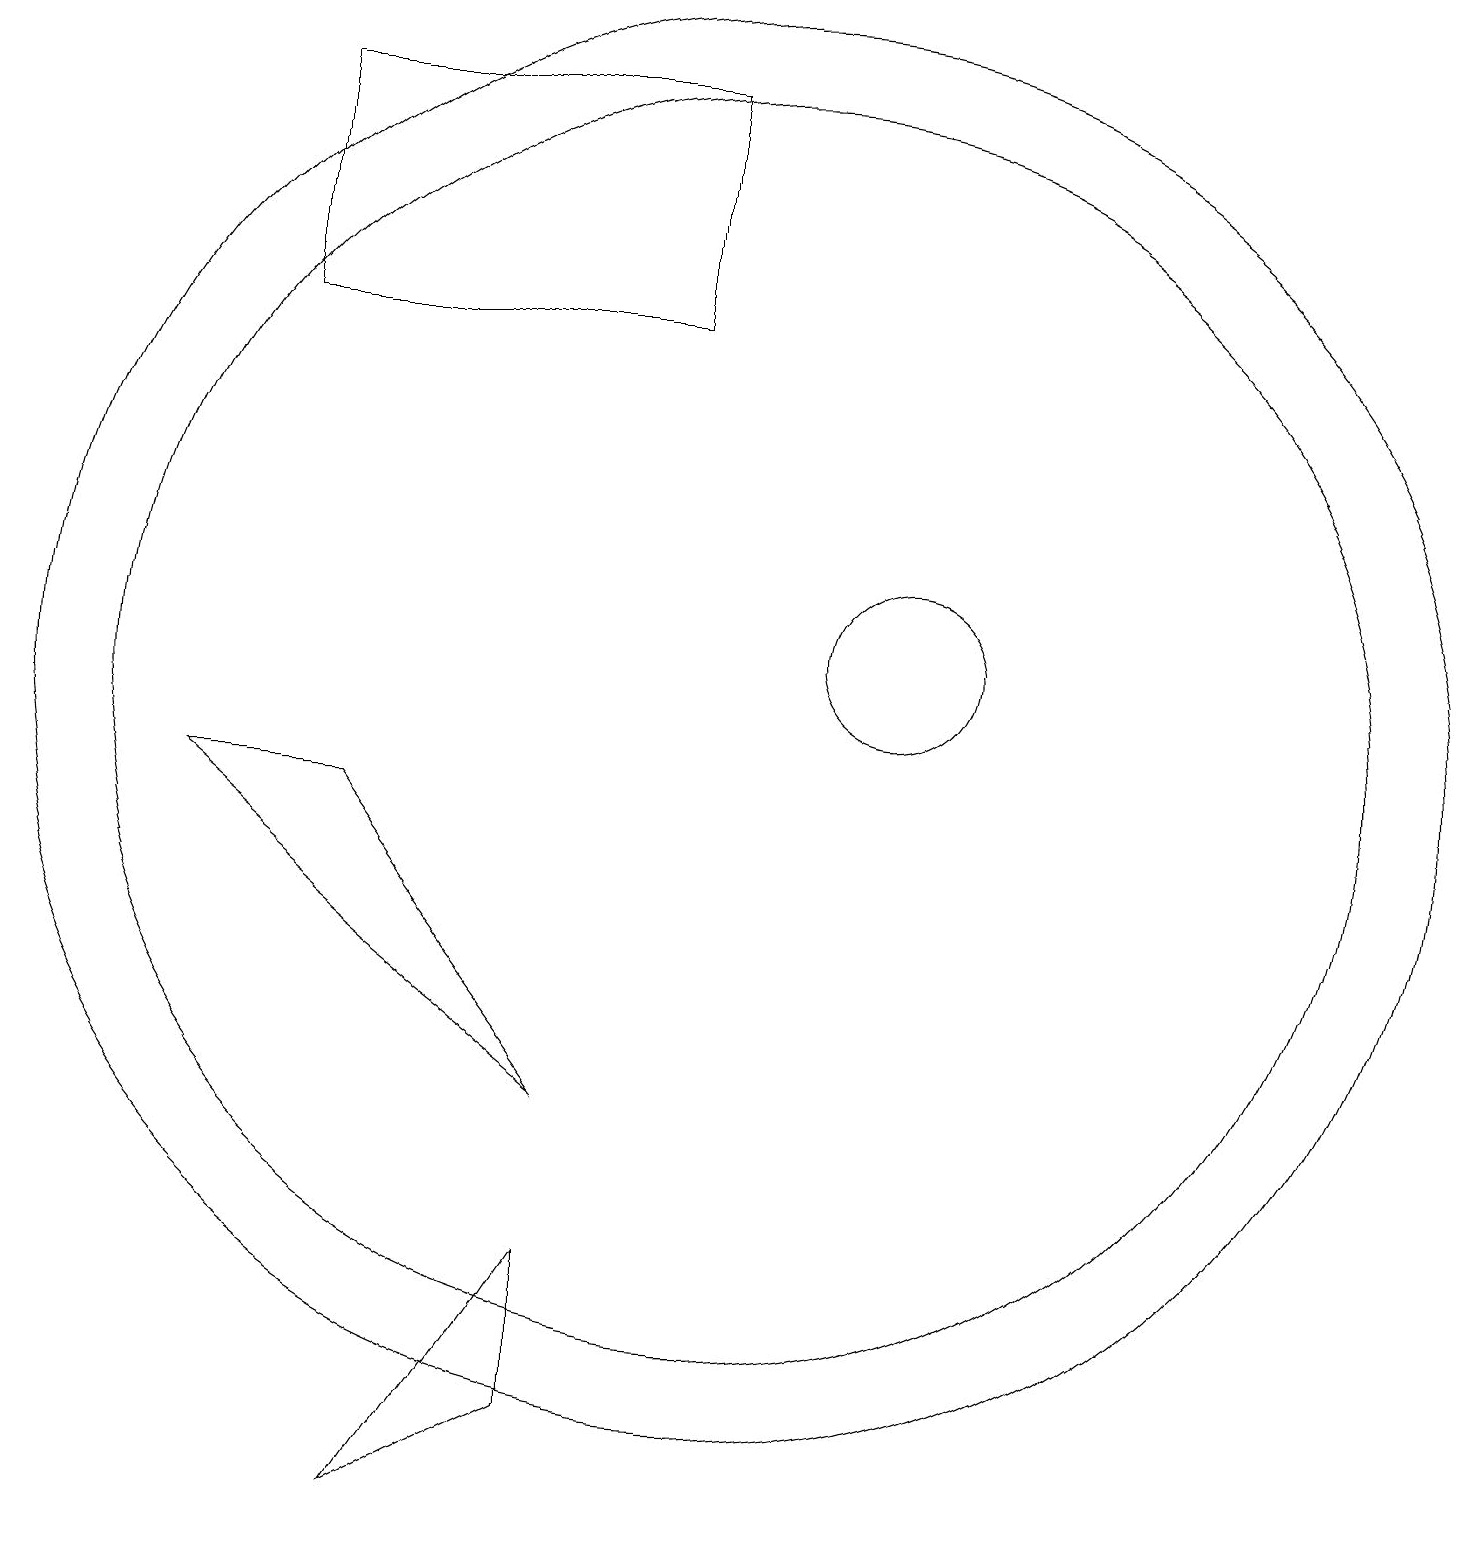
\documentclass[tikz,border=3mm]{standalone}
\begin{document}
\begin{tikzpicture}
\draw (8,5) -- (5,9) -- (3,9) -- cycle;
\draw (10,10) circle (9);
\draw (4,18) rectangle (9,15);
\draw (12,11) circle (1);
\draw (10,10) circle (8);
\draw (6,0) -- (8,3) -- (8,1) -- cycle;
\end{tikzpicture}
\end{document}